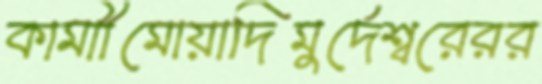
কামাীমোয়াদিমুর্দেশ্বরেরর